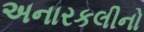
અનારકલીનો